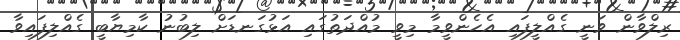
ރިލްވާން ވަނީ ގެއްލީފައި އެހެންވީމާ މިވީ މުއްދަތުގައި އަޅުގަނޑަށް ލިބުނު ކާމިޔާބީ ގެއްލިފައިވާ